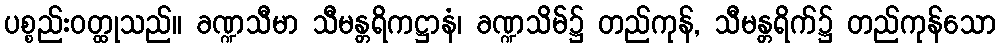
ပစ္စည်းဝတ္ထုသည်။ ခဏ္ဍသီမာ သီမန္တရိကဋ္ဌာနံ၊ ခဏ္ဍသိမ်၌ တည်ကုန်, သီမန္တရိက်၌ တည်ကုန်သော